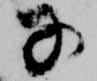
子